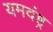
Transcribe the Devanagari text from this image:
यमदंष्ट्र